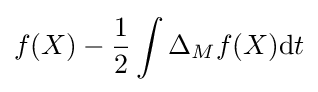
f(X)-{\frac {1}{2}}\int \Delta _{M}f(X)\mathrm {d} t